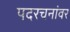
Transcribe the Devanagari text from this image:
पदरचनांवर